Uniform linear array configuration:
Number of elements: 4
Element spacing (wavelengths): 0.75
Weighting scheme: hamming
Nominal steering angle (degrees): -30
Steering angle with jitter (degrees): -28.479
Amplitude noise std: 0.05
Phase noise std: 0.05

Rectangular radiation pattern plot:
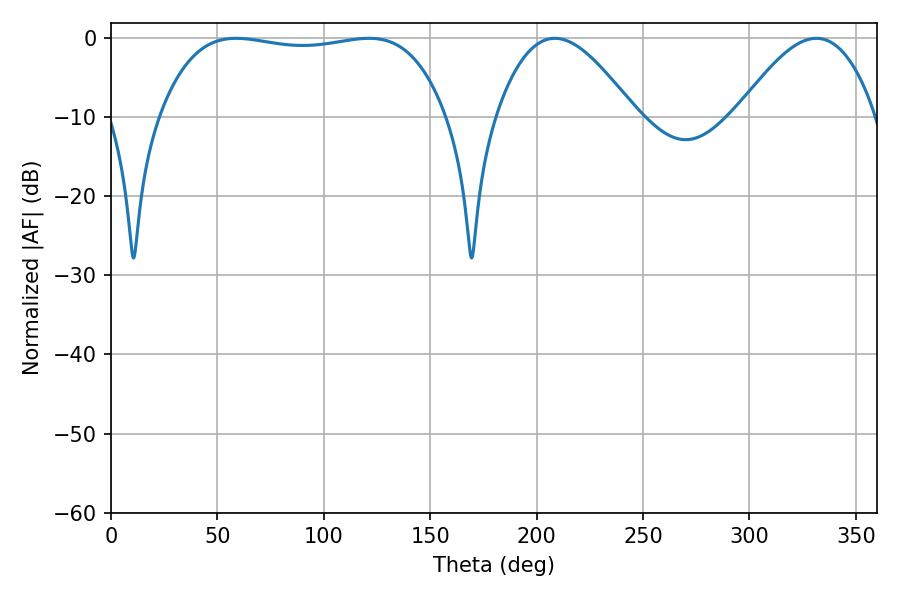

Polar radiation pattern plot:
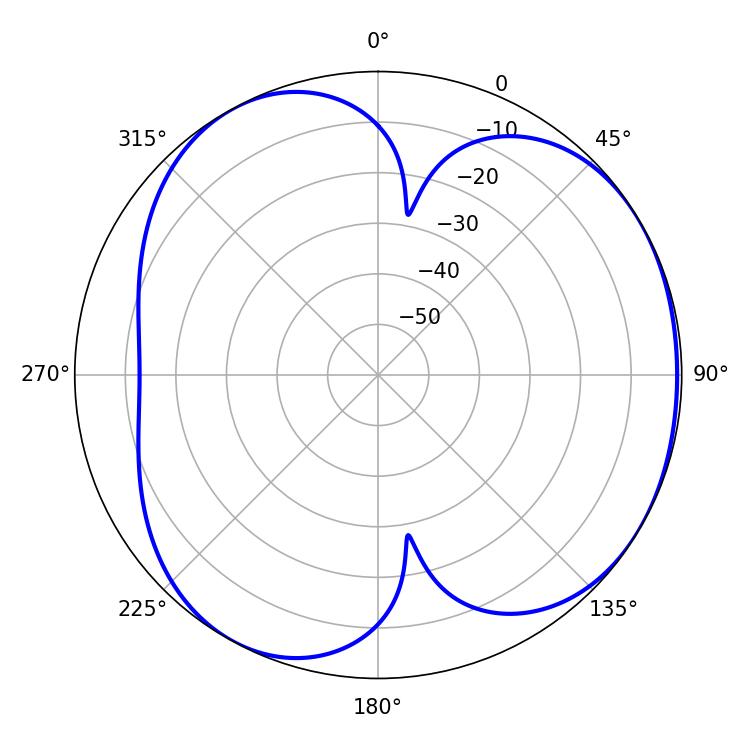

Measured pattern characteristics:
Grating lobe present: TRUE
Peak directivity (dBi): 4.151
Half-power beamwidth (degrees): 107.28
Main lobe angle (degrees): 58.86